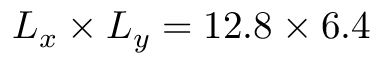
L _ { x } \times L _ { y } = 1 2 . 8 \times 6 . 4